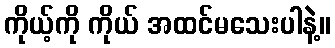
ကိုယ့်ကို ကိုယ် အထင်မသေးပါနဲ့။